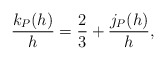
\begin{align*}\frac{k_P(h)}{h}=\frac{2}{3}+\frac{j_P(h)}{h}, \end{align*}